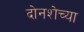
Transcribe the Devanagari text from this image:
दोनशेच्या